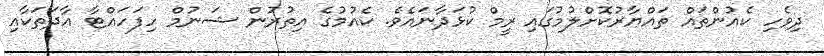
ދިވެހި ކެއުންތައް ތައްޔާރުކޮށްލުމުގައި ރީމް ކުޅަދާނައެވެ. ކެއުމުގެ އިތުރުން ޝަނުމް ހިފަހައްޓާ އާދަތަކާއި